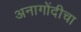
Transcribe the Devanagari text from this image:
अनागोंदीचा